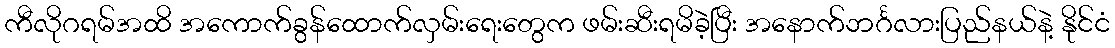
ကီလိုဂရမ်အထိ အကောက်ခွန်ထောက်လှမ်းရေးတွေက ဖမ်းဆီးရမိခဲ့ပြီး အနောက်ဘင်္ဂလားပြည်နယ်နဲ့ နိုင်ငံ